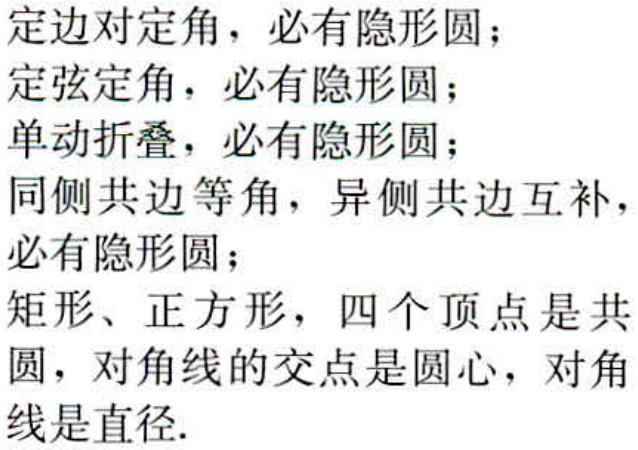
定边对定角，必有隐形圆；
定弦定角，必有隐形圆；
单动折叠，必有隐形圆；
同侧共边等角，异侧共边互补，必有隐形圆；
矩形、正方形，四个顶点是共圆，对角线的交点是圆心，对角线是直径.